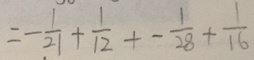
= - \frac { 1 } { 2 1 } + \frac { 1 } { 1 2 } + - \frac { 1 } { 2 8 } + \frac { 1 } { 1 6 }